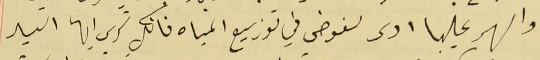
والسهر عليها ادى لفوضى في توزيع المياه فانك ترى ايها السيد